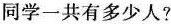
同学一共有多少人?